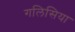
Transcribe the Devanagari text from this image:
गलिसिया